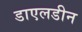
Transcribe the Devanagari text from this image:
डाएलडीन